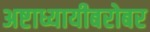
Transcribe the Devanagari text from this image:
अष्टाध्यायीबरोबर